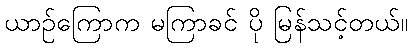
ယာဉ်ကြောက မကြာခင် ပို မြန်သင့်တယ်။